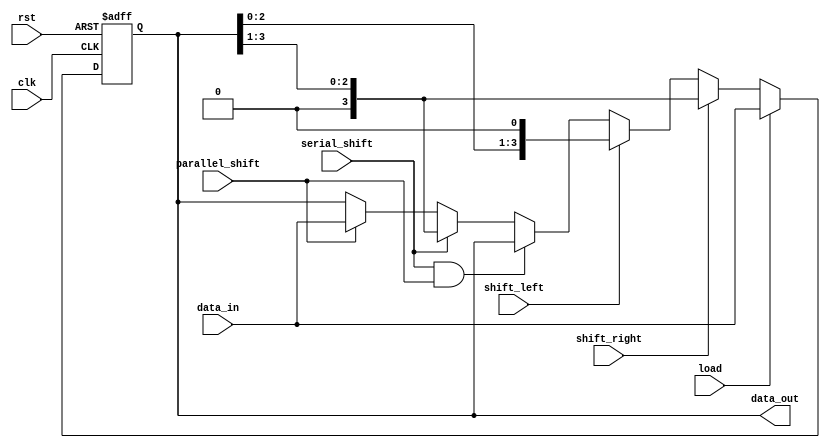
module UniversalShiftRegister (
    input clk,
    input rst,
    input load,
    input shift_right,
    input shift_left,
    input serial_shift,
    input parallel_shift,
    input [3:0] data_in,
    output reg [3:0] data_out
);

reg [3:0] shift_reg;

always @(posedge clk or posedge rst) begin
    if (rst) begin
        shift_reg <= 4'b0000;
    end else begin
        if (load) begin
            shift_reg <= data_in;
        end else if (shift_right) begin
            shift_reg <= {1'b0, shift_reg[3:1]};
        end else if (shift_left) begin
            shift_reg <= {shift_reg[2:0], 1'b0};
        end else if (serial_shift && parallel_shift) begin
            shift_reg <= shift_reg; // No shift operation
        end else if (serial_shift) begin
            shift_reg <= {1'b0, shift_reg[3:1]};
        end else if (parallel_shift) begin
            shift_reg <= data_in;
        end else begin
            shift_reg <= shift_reg; // No shift operation
        end
    end
end

assign data_out = shift_reg;

endmodule